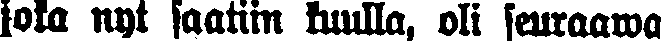
joka nyt saatiin kuulla, oli seuraawa